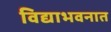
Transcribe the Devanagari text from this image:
विद्याभवनात